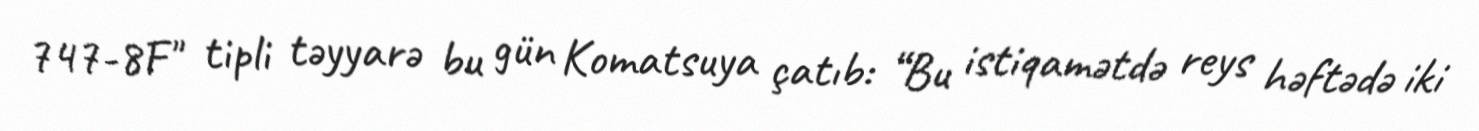
747-8F" tipli təyyarə bu gün Komatsuya çatıb: “Bu istiqamətdə reys həftədə iki